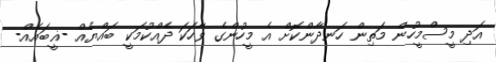
އަދި މީސްމީހުން މަތިން ހަނދާންކޮށް އެ މީހުންގެ ވާހަކަ ދެއްކުމަކީ ބައްޔެއް -ޣީބައެއް-